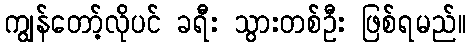
ကျွန်တော့်လိုပင် ခရီး သွားတစ်ဦး ဖြစ်ရမည်။